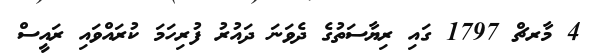
4 މާރޗް 1797 ގައި ރިޔާސަތުގެ ދެވަނަ ދައުރު ފުރިހަމަ ކުރައްވައި ރައީސް